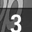
Digit: 3